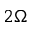
2 \Omega